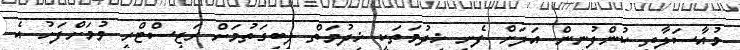
މުއާސަލާތީ ކުންފުނިން އަލަށް ފެށި ޚިދުމަތަކީ ޚިދުމަތް ލިބިގަތުމަށް ރަޖިސްޓްރީ ވުމަށްފަހު އެ